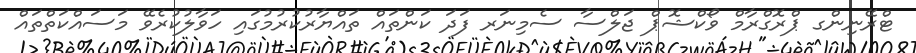
ޓްރޭނިންގ ޕްރޮގްރާމް ވޯކްޝޮޕް ޖަލްސާ ސެމިނަރ ފަދަ ކަންތައް ތައްޔާރުކުރުމުގައި ހަވާލުކުރެވޭ މަސައްކަތްތައް